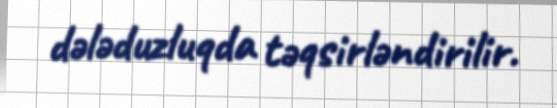
dələduzluqda təqsirləndirilir.